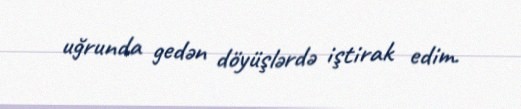
uğrunda gedən döyüşlərdə iştirak edim.